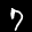
Label: 7